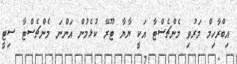
އިބްރާހިމް މަރުވި މެންޗެސްޓާ އަކީ ޔާޔާ ޓޫރޭ ކުޅެމުން އަންނަ މެންޗެސްޓާ ސިޓީ